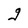
Character: g